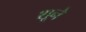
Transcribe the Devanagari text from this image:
शूने